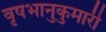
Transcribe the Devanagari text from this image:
वृषभानुकुमारी